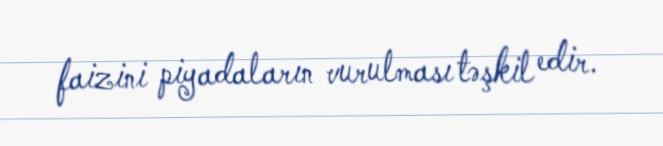
faizini piyadaların vurulması təşkil edir.